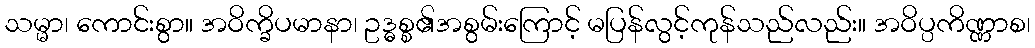
သမ္မာ၊ ကောင်းစွာ။ အဝိက္ခိပမာနာ၊ ဥဒ္ဓစ္စ၏အစွမ်းကြောင့် မပြန်လွင့်ကုန်သည်လည်း။ အဝိပ္ပကိဏ္ဏာစ၊